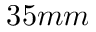
3 5 m m